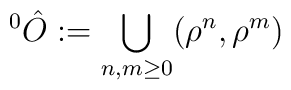
^{0}\hat{O}:=\bigcup_{n,m\geq 0}(\rho ^{n},\rho ^{m})